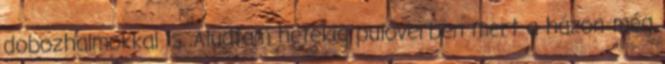
dobozhalmokkal is. Aludtam hetekig pulóverben mert a házon még